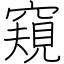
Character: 窺